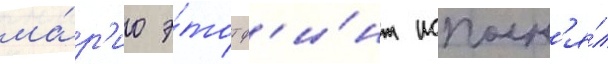
ма́р'ио э́тот ф'и́нт исполн'я́л